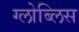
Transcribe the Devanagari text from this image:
ग्लोब्लिस